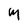
Character: M